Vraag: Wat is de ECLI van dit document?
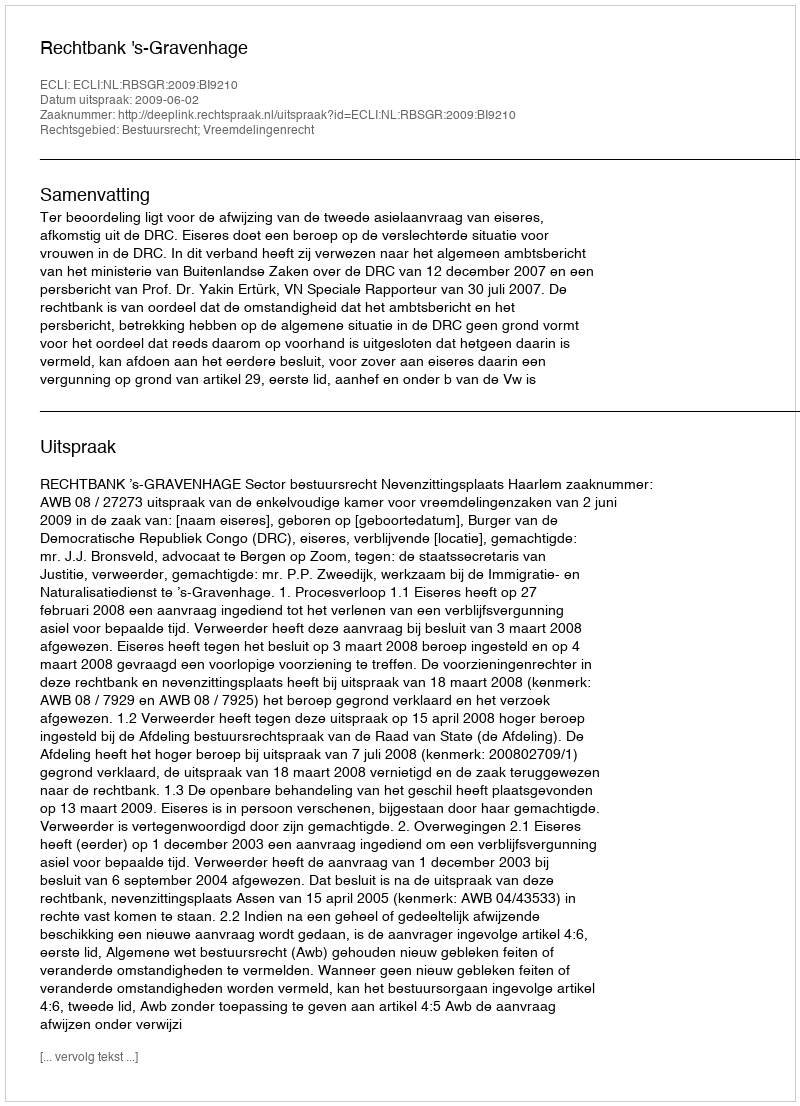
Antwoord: ECLI:NL:RBSGR:2009:BI9210